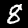
Label: 8